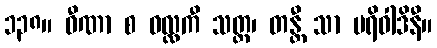
၁၃၈။ ဝီဏာ စ ဝလ္လကီ သတ္တ၊ တန္တီ သာ ပရိဝါဒိနီ။